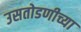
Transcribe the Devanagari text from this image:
उसतोडणीच्या